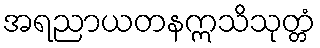
အရညာယတနဣသိသုတ္တံ